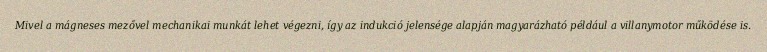
Mivel a mágneses mezővel mechanikai munkát lehet végezni, így az indukció jelensége alapján magyarázható például a villanymotor működése is.